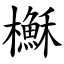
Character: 櫯